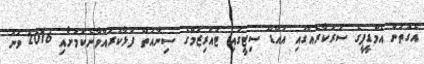
އެގޮތުން އެމްޑީޕީގެ ސަރުކާރެއްގައި އައްޑޫ ސިޓީގައި ޓުއަރިޒަމްގެ ސިނާއަތް ފުޅާކުރައްވާނެކަމަށާއި 2016 ވަނަ